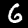
Label: 6